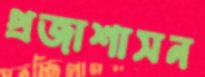
প্রজাশাসন